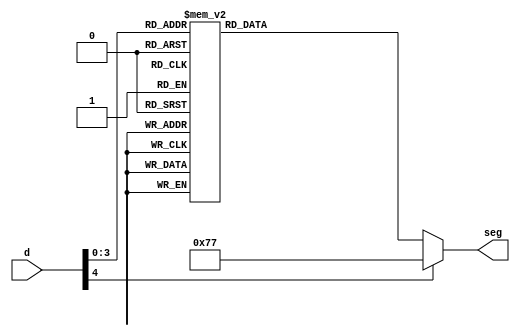
module LDF(
input [4:0] d,
	output reg [6:0] seg
	);
//reg [6:0] seg;
always @ (d) begin
case (d)
0: seg <= 7'b0001000; // A
1: seg <= 7'b1100000; // B
2: seg <= 7'b0110001; // C
3: seg <= 7'b1000010; // D
4: seg <= 7'b0110000; // E
5: seg <= 7'b0111000; // F
6: seg <= 7'b1101000; // H
7: seg <= 7'b1110001; // L
8: seg <= 7'b1101010; // N
9: seg <= 7'b1100010; // O
10: seg <= 7'b0011000; // P
11: seg <= 7'b1111010; // R
12: seg <= 7'b0100100; // S
13: seg <= 7'b1000001; // U
14: seg <= 7'b1000100; // Y
//20: seg <= seg;
default:
seg <= 7'b1110111;
endcase
end
endmodule